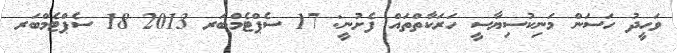
ވަހީދު ހަސަން މަނިކުސިޔާސީ ހަރަކާތްތައް ފެށުނީ: 17 ސެޕްޓެމްބަރ 2013 18 ސެޕްޓެމްބަރ